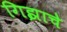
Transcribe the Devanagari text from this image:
गिझाचे